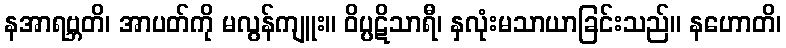
နအာရဗ္ဘတိ၊ အာပတ်ကို မလွန်ကျူး။ ဝိပ္ပဋိသာရီ၊ နှလုံးမသာယာခြင်းသည်။ နဟောတိ၊